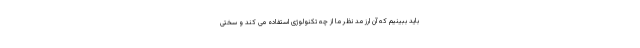
باید ببینیم که آن ارز مد نظر ما از چه تکنولوژی استفاده می کند و سختی